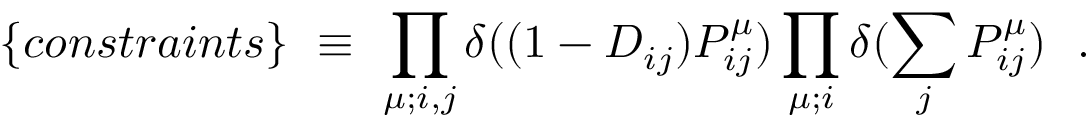
\{ c o n s t r a i n t s \} ~ \equiv ~ \prod _ { \mu ; i , j } \delta ( ( 1 - D _ { i j } ) P _ { i j } ^ { \mu } ) \prod _ { \mu ; i } \delta ( \sum _ { j } P _ { i j } ^ { \mu } ) ~ ~ .